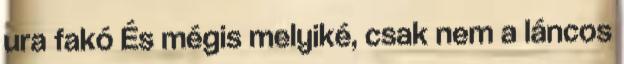
ura fakó És mégis melyiké, csak nem a láncos